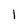
Character: 1